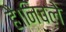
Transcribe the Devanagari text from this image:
है।निचले